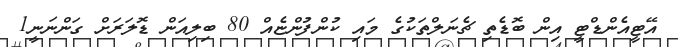
އޭޓީއެންޑްޓީ އިން ބޮޑެތި ޗެނަލްތަކުގެ މައި ކުންފުންޏެއް 80 ބިލިއަން ޑޮލަރަށް ގަންނަނީ1